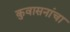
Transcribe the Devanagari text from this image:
कुवासनांचा